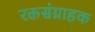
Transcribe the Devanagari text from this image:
रक्तसंग्राहक